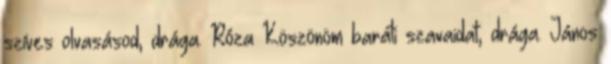
szíves olvasásod, drága. Róza Köszönöm baráti szavaidat, drága. János